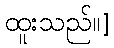
ထူးသည်။]